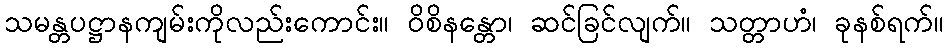
သမန္တပဋ္ဌာနကျမ်းကိုလည်းကောင်း။ ဝိစိနန္တော၊ ဆင်ခြင်လျက်။ သတ္တာဟံ၊ ခုနစ်ရက်။